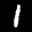
Label: 1